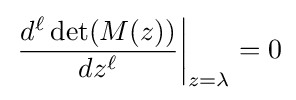
\left.{\frac {d^{\ell }\det(M(z))}{dz^{\ell }}}\right|_{z=\lambda }=0